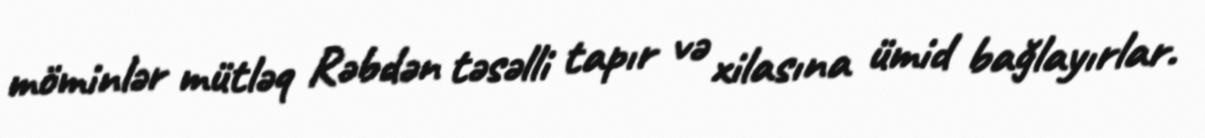
möminlər mütləq Rəbdən təsəlli tapır və xilasına ümid bağlayırlar.